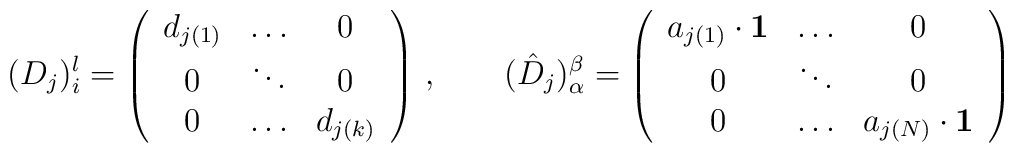
(D_{j})_{i}^{l} = \left( \begin{array}{ccc} d_{j(1)}& \dots & 0 \\0 & \ddots & 0 \\0 & \dots & d_{j(k)}  \end{array} \right) \, , \qquad (\hat D_{j})_{\alpha}^{\beta} = \left( \begin{array}{ccc} a_{j(1)}\cdot {\bf 1}& \dots & 0 \\0 & \ddots & 0 \\0 & \dots & a_{j(N)} \cdot {\bf 1}  \end{array} \right)